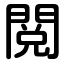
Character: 閲